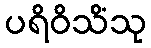
ပရိဝိသိံသု